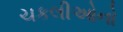
ચકલીઓનો